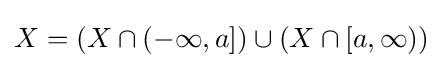
X=(X\cap ({-\infty },a])\cup (X\cap [a,\infty ))